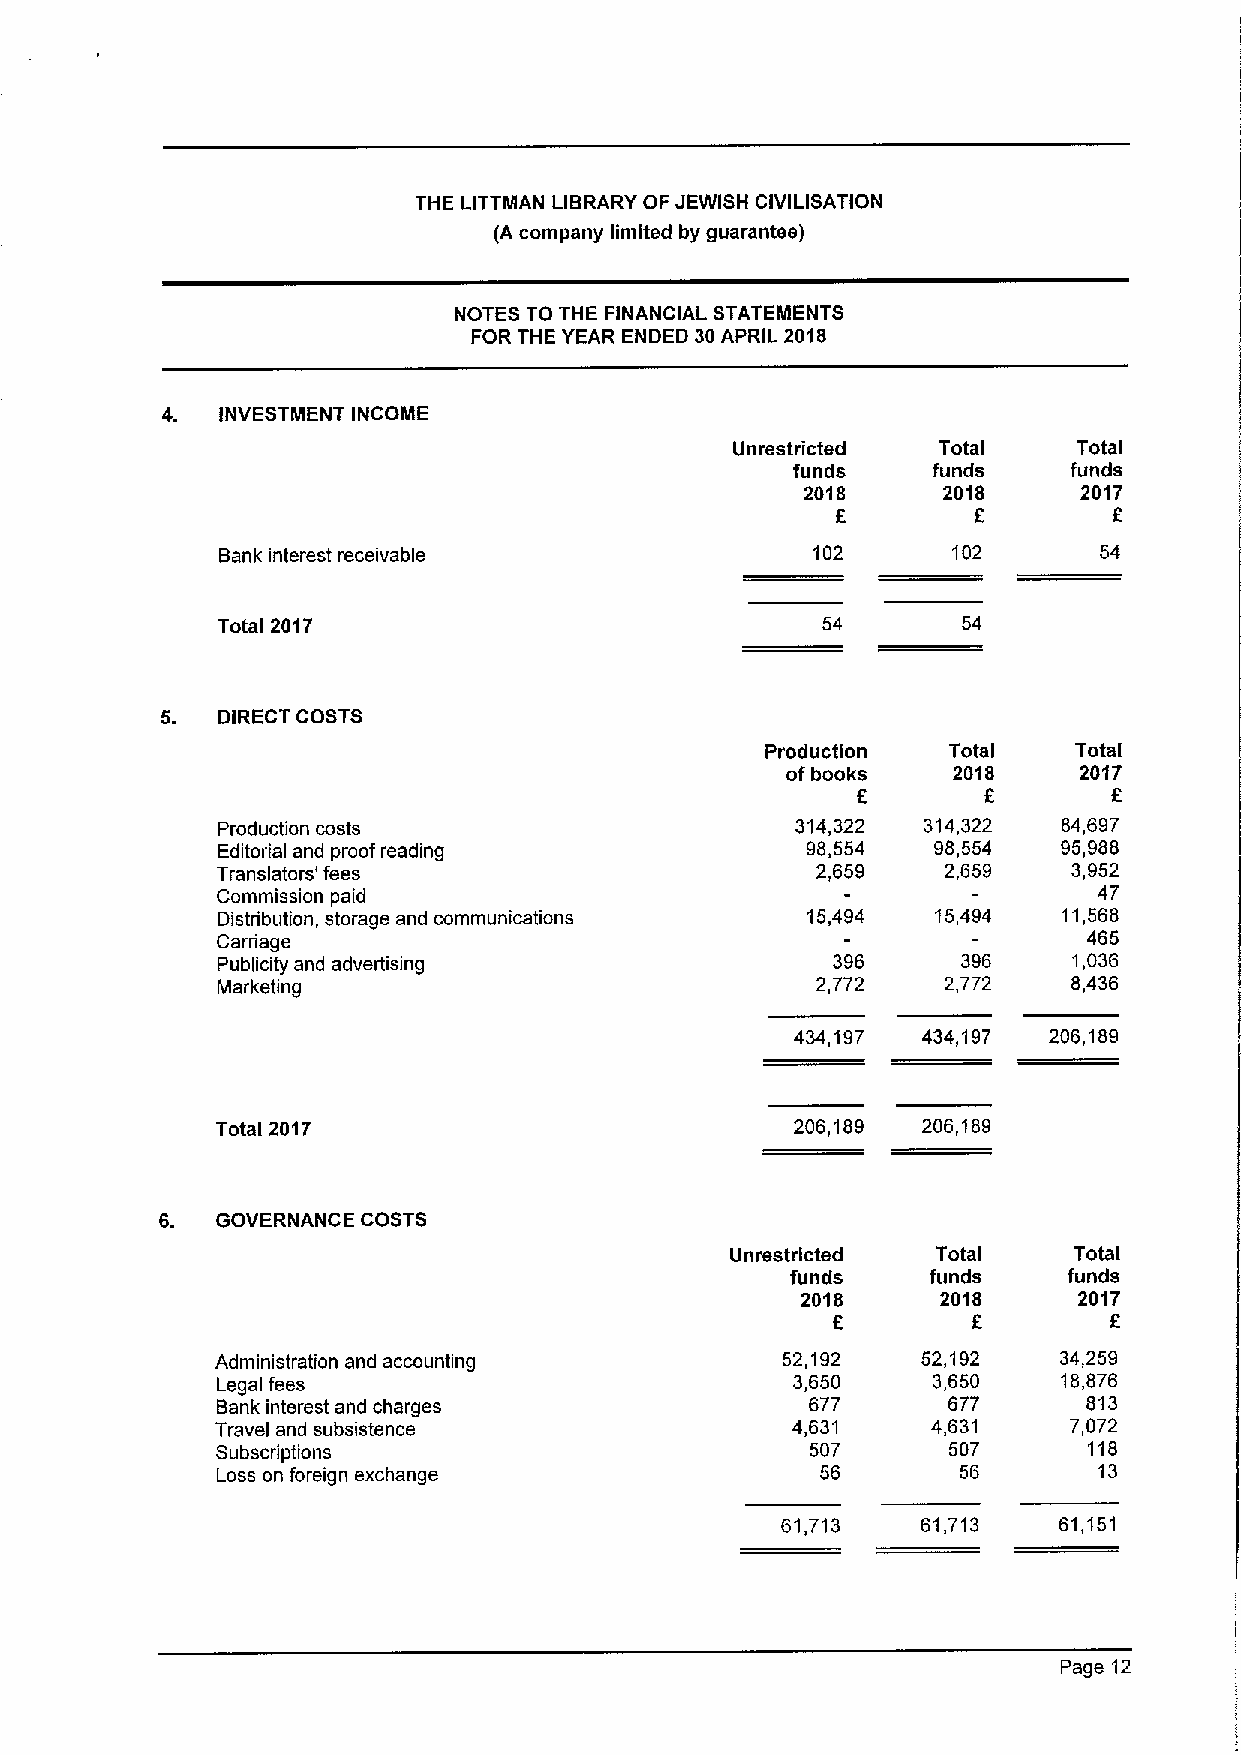
THE LITTIIIIAN LIBRARY OF JEWISH CIVILISATION
 (A company limited by guarantee)
 NOTES TO THE FINANCIAL STATEIIIIENTS
 FOR THE YEAR ENDED 30APRIL 2018
 4. INVESTMENT INCOME
 Unrestricted Total    Total
 funds     funds    funds
 2018     2018      2017
 f
 6         6
 Bank interest receivable                102      102       54
 Total 2017                              54        54
 5. DIRECT COSTS
 Production  Total   Total
 ofbooks    2018    20'I7
 f       f        f
 Production costs                       314,322 314,322  84,697
 Editorial and proof reading            98,554   98,554  95,988
 Translators' fees                       2,659    2,659   3,952
 Commission paid                                            47
 Distribution, storage and communications 15,494 15,494  11,568
 Carriage                                                  465
 Publicity and advertising                396      396    1,036
 Marketing                               2,772   2,772    8,436
 434,197 434,197 206,189
 Total 2017                             206,189 206,189
 6. GOVERNANCE COSTS
 Unrestricted  Total    Total
 funds     funds    funds
 2018     2018     20'I7
 f        f        f
 Administration and accounting         52,192   52,192   34,259
 Legal fees                            3,650     3,650   18,876
 Bank interest and charges               677      677      813
 Travel and subsistence                4,631     4,631    7,072
 Subscriptions                           507      507      118
 Loss on foreign exchange                56        56       13
 61,713   61,713   61,151
 Page 12